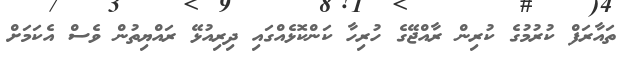
ތައާރަފް ކުރުމުގެ ކުރިން ރާއްޖޭގެ ހުރިހާ ކަންކޮޅެއްގައި ދިރިއުޅޭ ރައްޔިތުން ވެސް އެކަމަށް